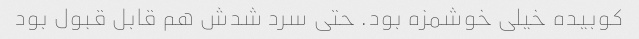
کوبیده خیلی خوشمزه بود. حتی سرد شدش هم قابل قبول بود